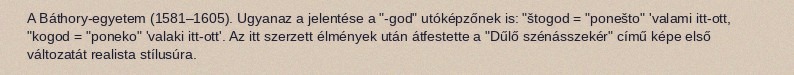
A Báthory-egyetem (1581–1605). Ugyanaz a jelentése a "-god" utóképzőnek is: "štogod = "ponešto" 'valami itt-ott, "kogod = "poneko" 'valaki itt-ott'. Az itt szerzett élmények után átfestette a "Dűlő szénásszekér" című képe első változatát realista stílusúra.